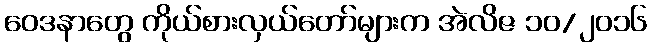
ဝေဒနာတွေ ကိုယ်စားလှယ်တော်များက အဲလိဇ ၁၀/၂၀၁၆